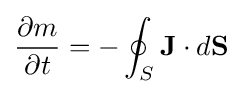
{\partial m \over \partial t}=-\oint _{S}\mathbf {J} \cdot d\mathbf {S}